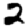
Digit: 2